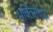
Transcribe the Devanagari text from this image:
भक्तिराधाद्।